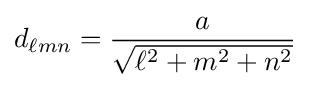
d_{\ell mn}={\frac {a}{\sqrt {\ell ^{2}+m^{2}+n^{2}}}}